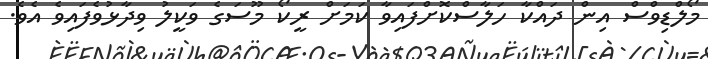
މޯލްޑިވްސް އިން ދައްކާ ހަލާސްކޮށްފައިވާ ކަމަށް ރީކޯ މޫސަގެ ވަކީލު ވިދާޅުވެފައިވެ އެވެ.